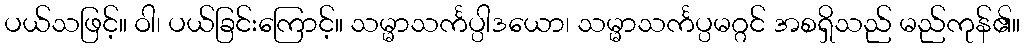
ပယ်သဖြင့်။ ဝါ၊ ပယ်ခြင်းကြောင့်။ သမ္မာသင်္ကပ္ပါဒယော၊ သမ္မာသင်္ကပ္ပမဂ္ဂင် အစရှိသည် မည်ကုန်၏။